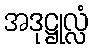
အဒုဋ္ဌုလ္လံ